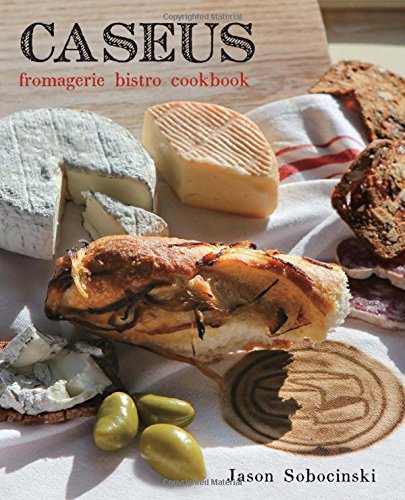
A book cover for Caseus Fromagerie Bistro Cookbook: Every Cheese Has A Story; Jason Sobocinski; Cookbooks, Food & Wine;